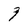
Character: 9